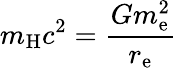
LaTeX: m_{\mathrm{H}}c^{2}={\frac{Gm_{\mathrm{e}}^{2}}{r_{\mathrm{e}}}}